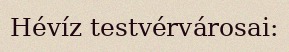
Hévíz testvérvárosai: